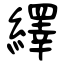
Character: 繹